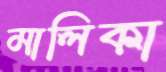
মালিকা